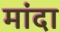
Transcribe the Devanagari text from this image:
मांदा